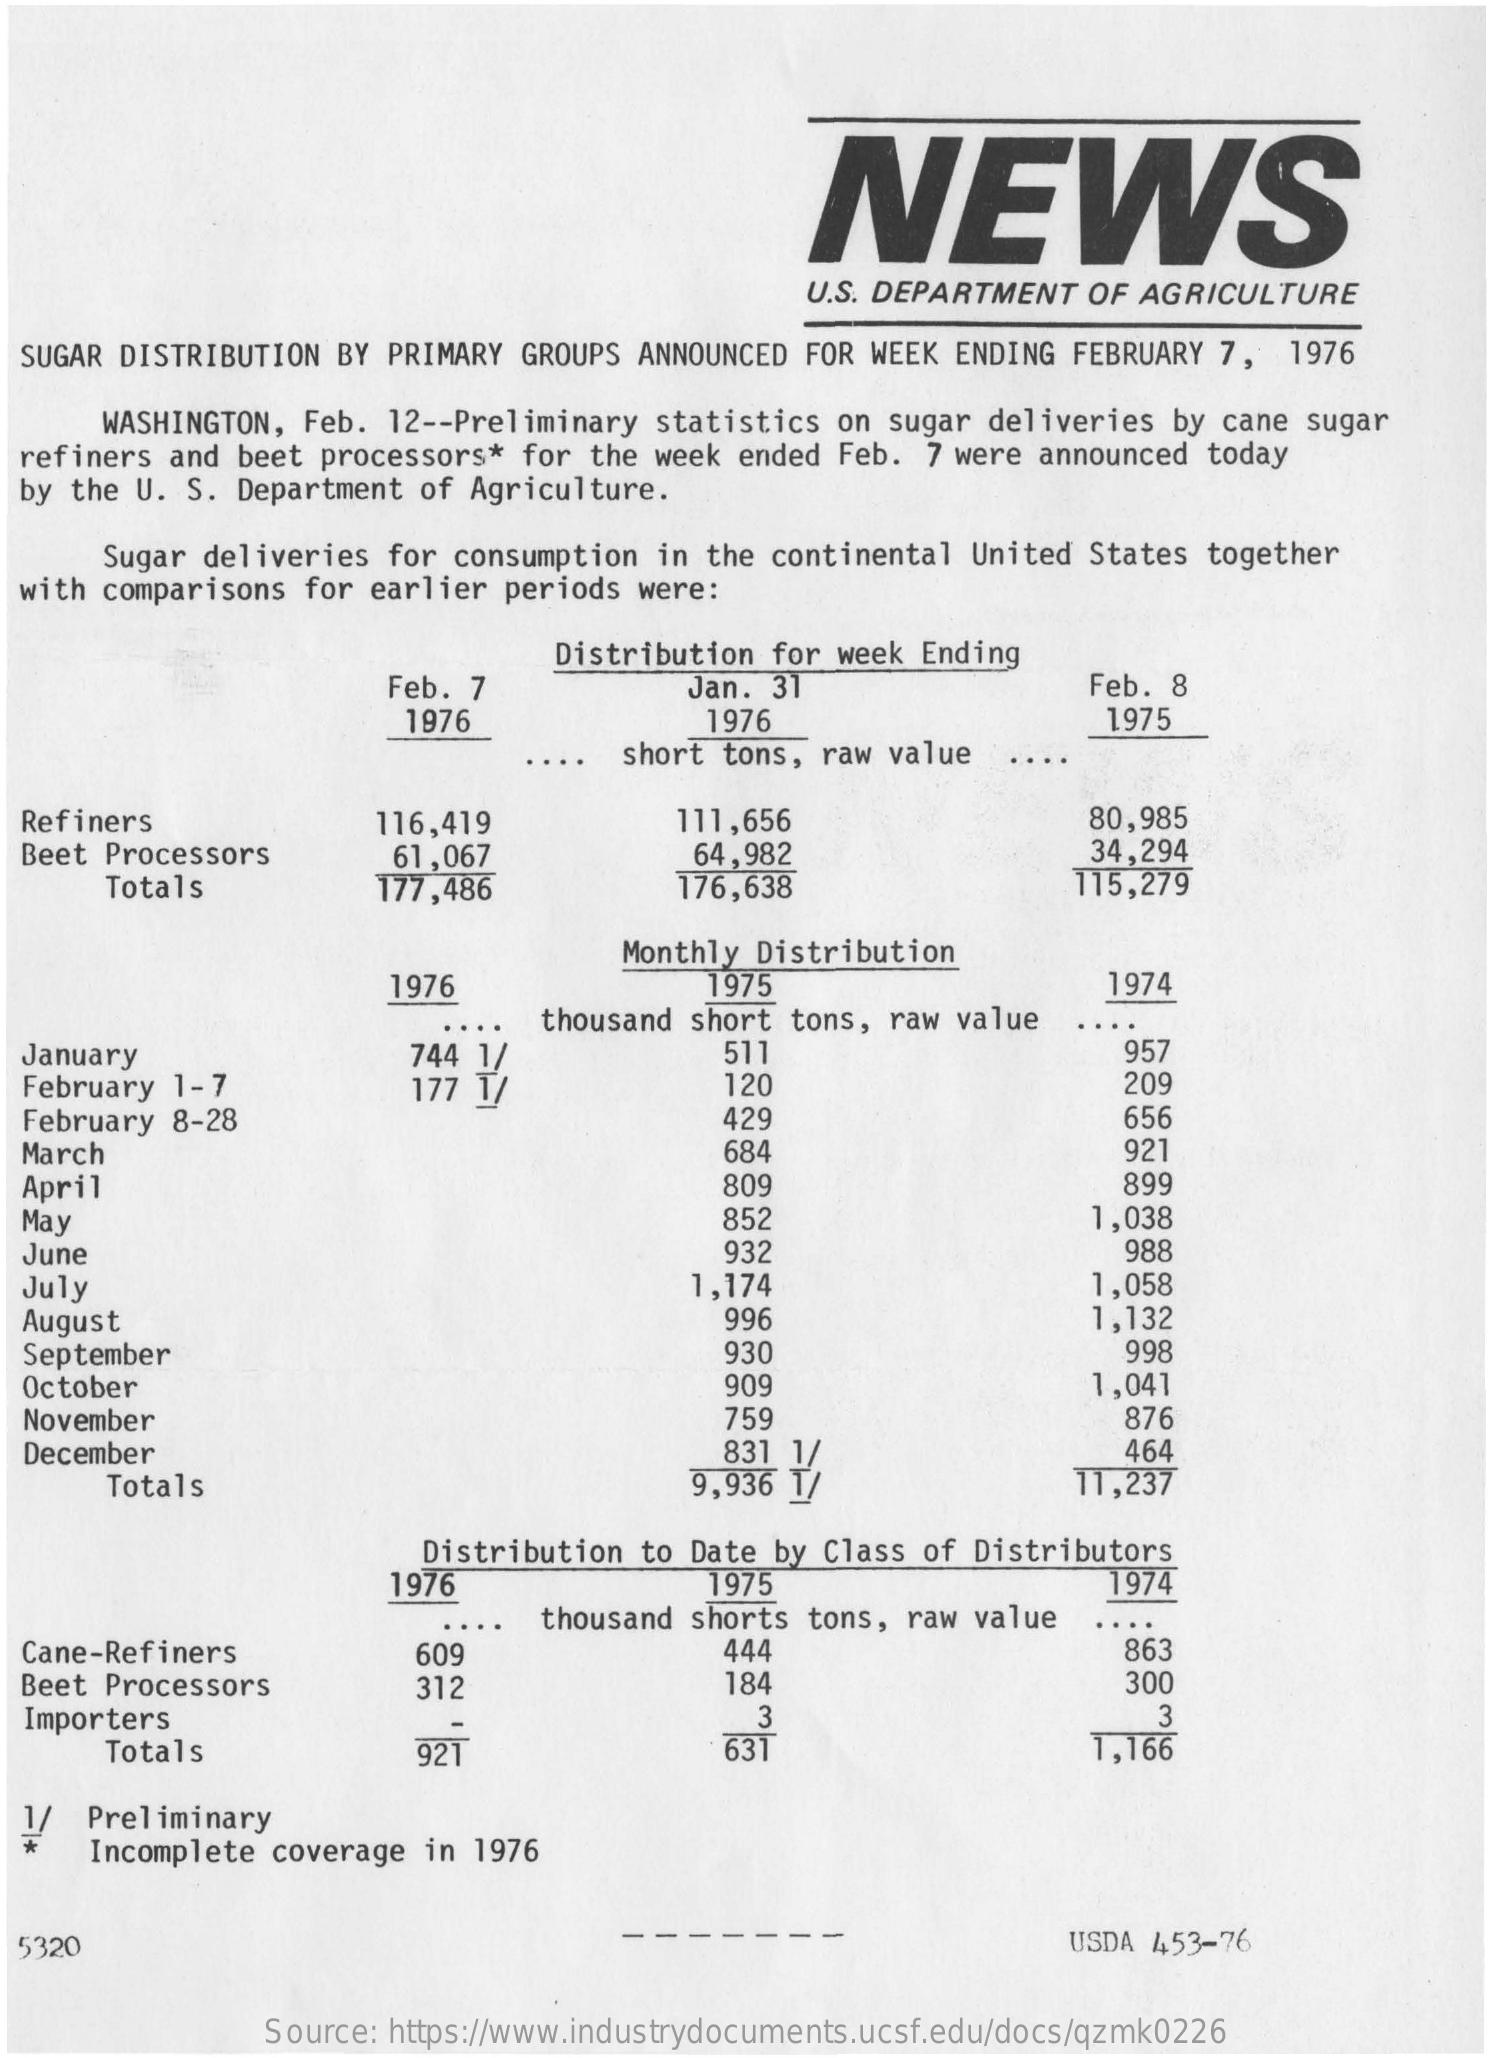
NEWS
     U.S. DEPARTMENT OF AGRICULTURE
  SUGAR DISTRIBUTION BY PRIMARY GROUPS ANNOUNCED FOR WEEK ENDING FEBRUARY 7, 1976
     WASHINGTON, Feb. 12 -- Preliminary statistics on sugar deliveries by cane sugar
  refiners and beet processors* for the week ended Feb. 7 were announced today
  by the U. S. Department of Agriculture.
     Sugar deliveries for consumption in the continental United States together
  with comparisons for earlier periods were:
     Distribution for week Ending
     Feb. 7    Jan. 31    Feb. 8
     1976    1976    1975
     short tons, raw value
  Refiners    116,419    111,656    80,985
  Beet Processors    61,067    64,982    34,294
     Totals    177,486    176,638    115,279
     Monthly Distribution
     1976    1975    1974
     thousand short tons, raw value
  January    744 1/    511    957
  February 1-7
  February 8-28
     177 T/    120
     429    656
  March    684    921
  April    809    899
  May    852    1,038
  June    932    988
  July    1,174    1,058
  August    996    1,132
  September    930    998
  October    909    1,041
  November    759    876
  December    831 1/    464
     Totals    9,936 T/    11,237
     1976
     Distribution to Date by Class of Distributors
     1975    1974
     thousand shorts tons, raw value
  Cane-Refiners    609    444    863
  Beet Processors    312    184    300
  Importers    3    3
     Totals    921    631    1,166
  1/ Preliminary
     Incomplete coverage in 1976
  5320    USDA 453-76
     Source: https://www.industrydocuments.ucsf.edu/docs/qzmk0226